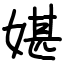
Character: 媅